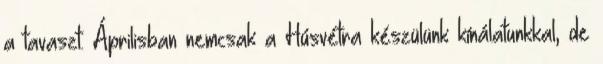
a tavaszt. Áprilisban nemcsak a Húsvétra készülünk kínálatunkkal, de